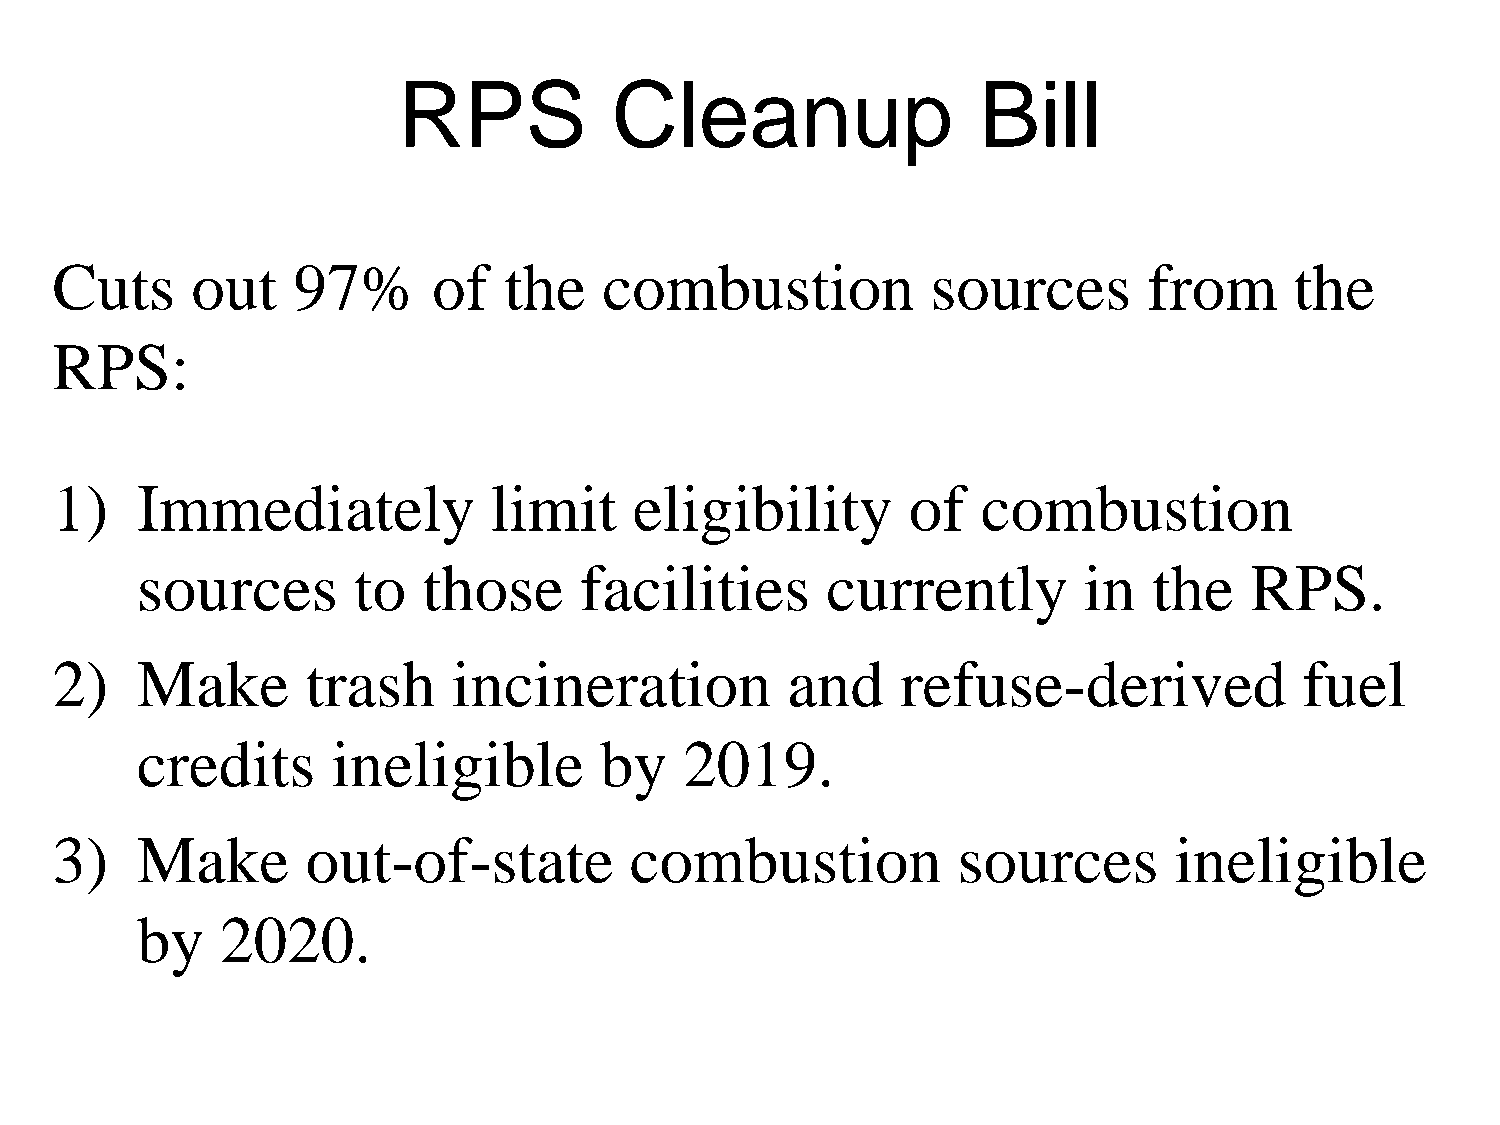
RPS            Cleanup                 Bill
 Cuts      out   97%       of  the    combustion            sources       from      the
 RPS:
 1)    Immediately            limit     eligibility       of   combustion
 sources       to   those     facilities       currently        in  the    RPS.
 2)    Make       trash     incineration          and     refuse-derived            fuel
 credits      ineligible        by   2019.
 3)    Make       out-of-state          combustion           sources        ineligible
 by    2020.